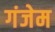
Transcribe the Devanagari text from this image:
गंजेम